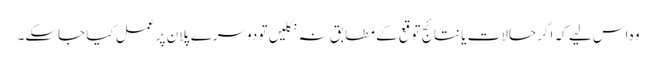
وہ اس لیے کہ اگر حالات یا نتائج توقع کے مطابق نہ نکلیں تو دوسرے پلان پر عمل کیا جاسکے۔